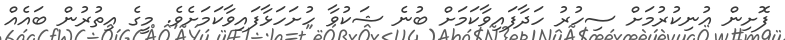
ފޮށިން އުނިކުރުމަށް ސިހުރު ހަދާފައިވާކަމަށް ބުނެ ޝަކުވާ ހުށަހަޅާފައިވާކަމަށެވެ. މީގެ އިތުރުން ބައެއް